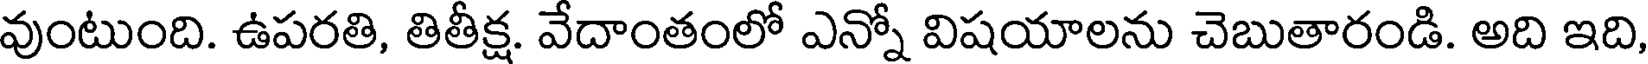
వుంటుంది. ఉపరతి, తితీక్ష. వేదాంతంలో ఎన్నో విషయాలను చెబుతారండి. అది ఇది